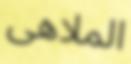
الملاھى